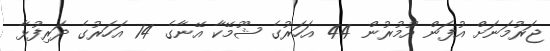
ޖަރުމަނަށް އުފަން އުމުރުން 44 އަހަރުގެ ޝޫމޭކާ އޭނާގެ 14 އަހަރުގެ ދަރިފުޅާ